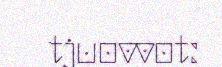
tjuovvot: